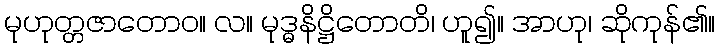
မုဟုတ္တဇာတောဝ။ လ။ မုဒ္ဓနိဋ္ဌိတောတိ၊ ဟူ၍။ အာဟု၊ ဆိုကုန်၏။